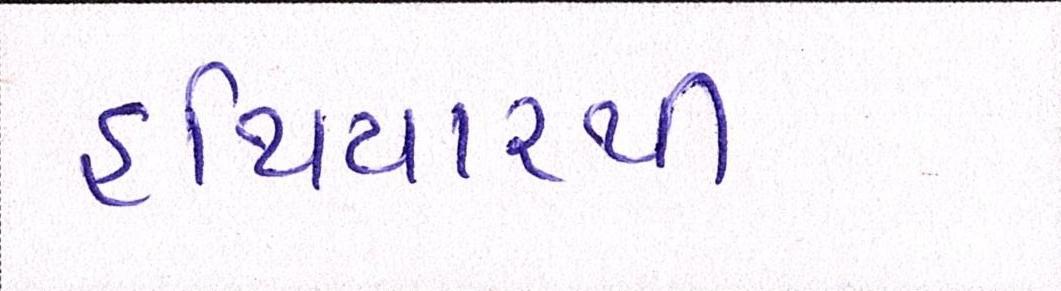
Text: હથિયારથી